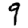
Digit: 9